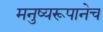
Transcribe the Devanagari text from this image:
मनुष्यरूपानेच